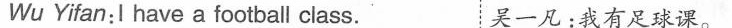
Wu Yifan: I have a football calss. 吴一凡：我有足球课。